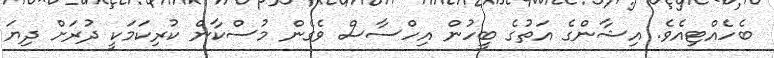
ބެހެއްޓިއެވެ. އިޝާންގެ އަތުގެ ބީހުން އިހްސާސް ވެގެން މުސްކާން ކުރިކަމަކީ ދުރަށް ދިޔަ